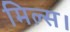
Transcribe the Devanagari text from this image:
मिल्स।